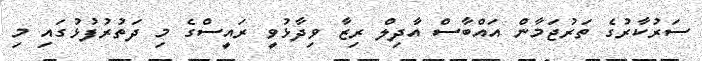
ސަރުކާރުގެ ތަރުޖަމާން އައްބާސް އާދިލް ރިޒާ ވިދާޅުވީ ރައީސްގެ މި ދަތުރުފުޅުގައި މި